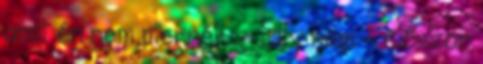
amit én nem mernék. - Lily nem - először